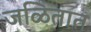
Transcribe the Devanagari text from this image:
जळितात